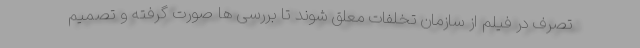
تصرف در فیلم از سازمان تخلفات معلق شوند تا بررسی ها صورت گرفته و تصمیم